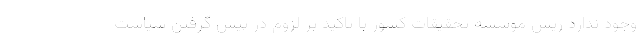
وجود ندارد ریس موسسه تحقیقات کشور با تاکید بر لزوم در پیش گرفتن سیاست‌